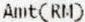
AMT(RM)